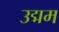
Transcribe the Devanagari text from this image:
उद्मम